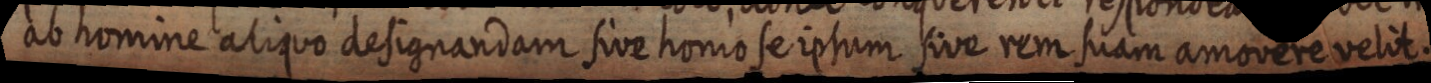
ab homine aliquo designandam sive homo se ipsum sive rem suam amovere velit.